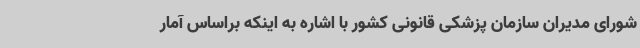
شورای مدیران سازمان پزشکی قانونی کشور با اشاره به اینکه براساس آمار